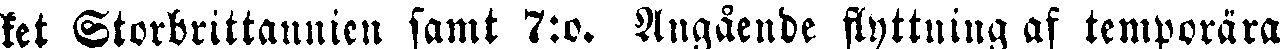
ket Storbritannien samt 7:o. Angående flyttning af temporära